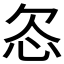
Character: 𬅟